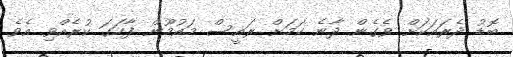
ބޮޑު ދެރައަކަށް ވެގެން ދާނެ ކަމަށް ރައީސް މައުމޫން ފާހަގަ ކުރެއްވި އެވެ.